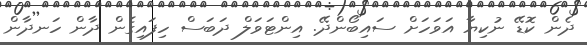
ދެން ކޮޑޭ ނުކިޔާ އަވަހަށް ސައިބޯންދޭ. އިންޓަވަލް ދަބަސް ހިފައިގެން ދާން ހަނދާން